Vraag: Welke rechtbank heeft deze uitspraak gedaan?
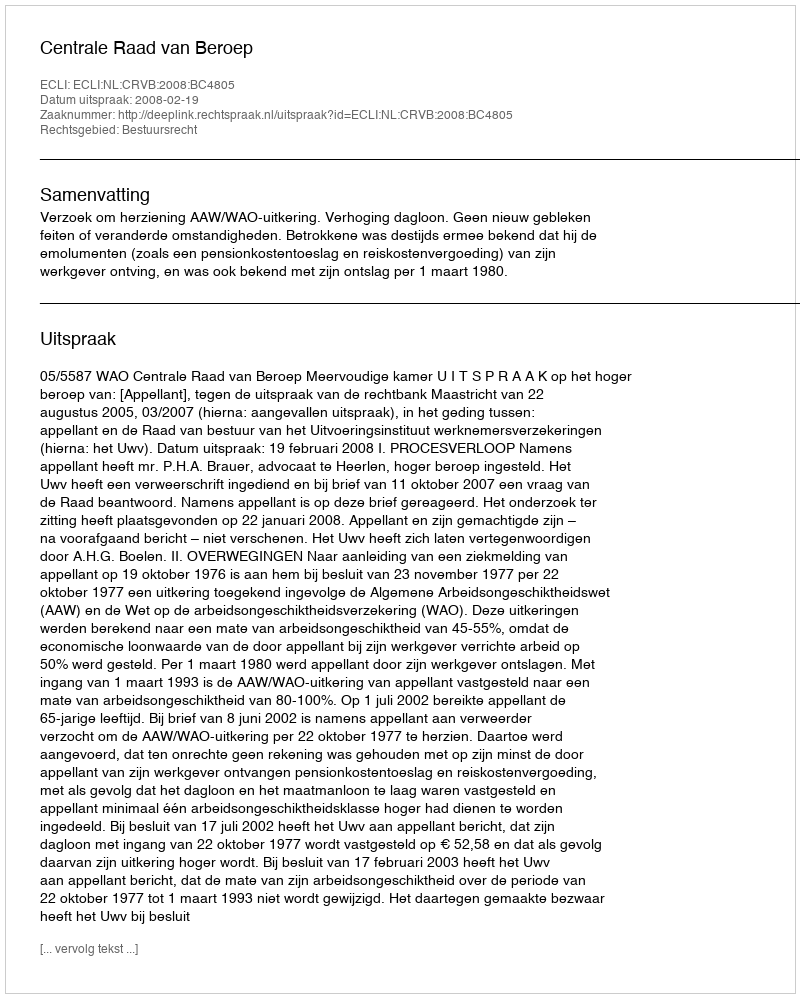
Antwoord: Centrale Raad van Beroep